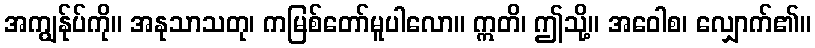
အကျွန်ုပ်ကို။ အနုသာသတု၊ ကမြစ်တော်မူပါလော။ ဣတိ၊ ဤသို့။ အဝေါစ၊ လျှောက်၏။